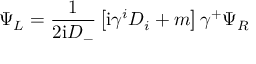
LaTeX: \Psi _ { L } = { \frac { 1 } { 2 \mathrm { i } D _ { - } } } \left[ \mathrm { i } \gamma ^ { i } D _ { i } + m \right] \gamma ^ { + } \Psi _ { R }